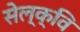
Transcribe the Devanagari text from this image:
सेल्क्वि